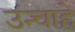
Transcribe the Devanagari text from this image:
उन्चाहे